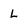
Character: L